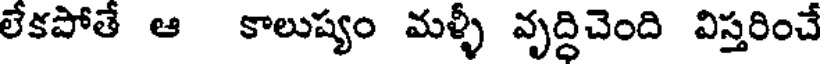
లేకపోతే ఆ కాలుష్యం మళ్ళీ వృద్దిచెంది విస్తరించే